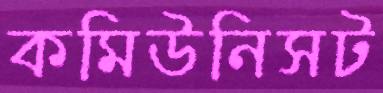
কমিউনিসট